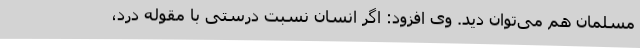
مسلمان هم می‌توان دید. وی افزود: اگر انسان نسبت درستی با مقوله درد،